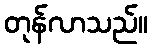
တုန်လာသည်။